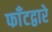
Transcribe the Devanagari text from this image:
फाँटद्वारे